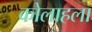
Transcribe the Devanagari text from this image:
कोलाहला